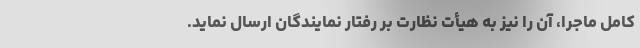
کامل ماجرا، آن را نیز به هیأت نظارت بر رفتار نمایندگان ارسال نماید.